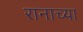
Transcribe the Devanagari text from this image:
रानाच्या